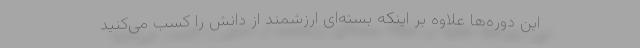
این دوره‌ها علاوه بر اینکه بسته‌ای ارزشمند از دانش را کسب می‌کنید